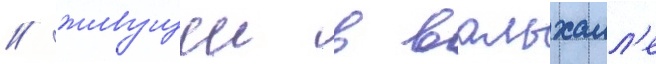
/ живущеи в вальхалл'е